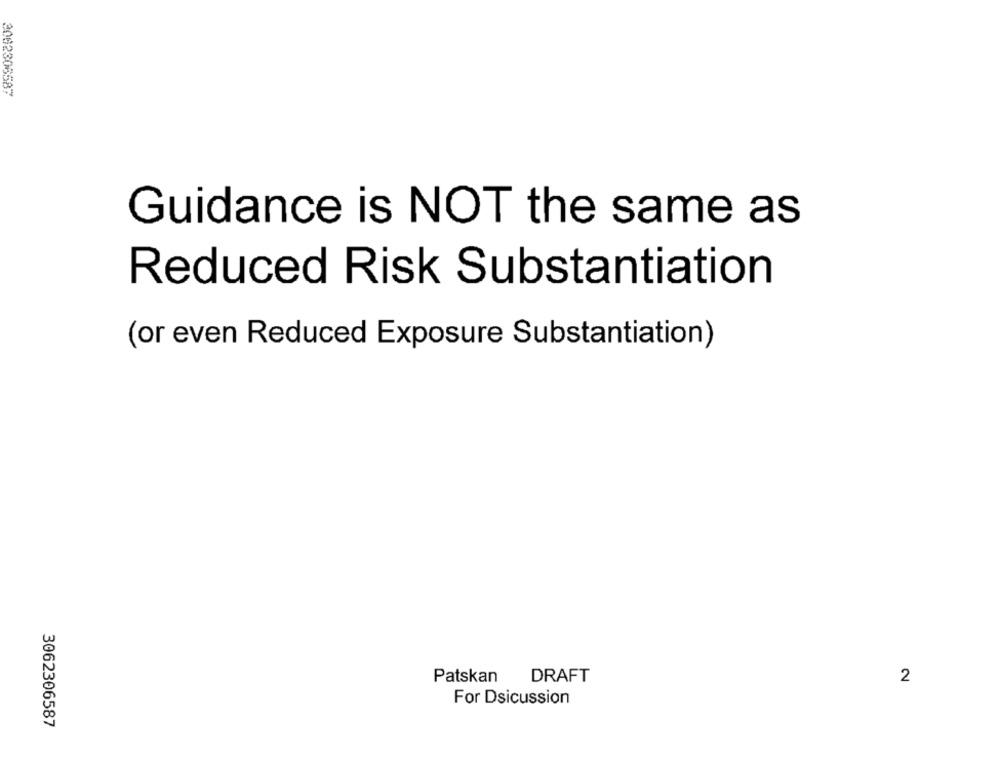
2082306587
Guidance is NOT the same as
Reduced Risk Substantiation
(or even Reduced Exposure Substantiation)
DRAFT
Patskan
2
For Dsicussion
3062306587